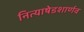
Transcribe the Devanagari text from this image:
नित्याषेडशार्णव